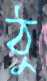
ঠু